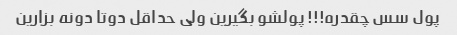
پول سس چقدره!!! پولشو بگیرین ولی حداقل دوتا دونه بزارین